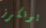
يونكرز